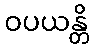
ဝပယန္တိ